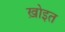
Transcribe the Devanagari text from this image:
ख़ोइत